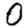
Digit: 0